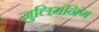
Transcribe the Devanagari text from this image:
जुलियनिंग